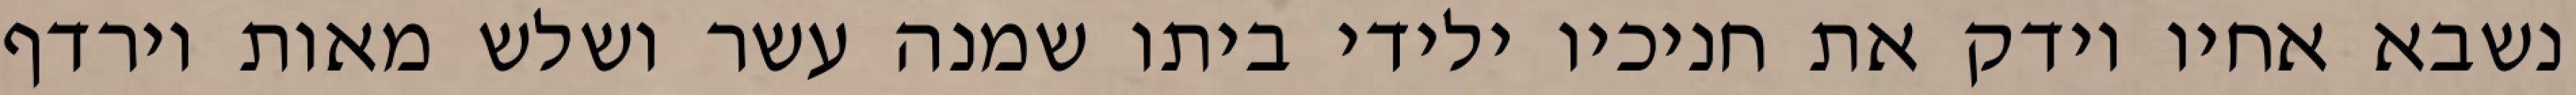
נשבא אחיו וידק את חניכיו ילידי ביתו שמנה עשר ושלש מאות וירדף